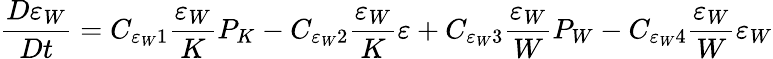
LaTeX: \frac{D\varepsilon_{W}}{Dt}=C_{\varepsilon_{W}1}\frac{\varepsilon_{W}}{K}P_{K}-C_{\varepsilon_{W}2}\frac{\varepsilon_{W}}{K}\varepsilon+C_{\varepsilon_{W}3}\frac{\varepsilon_{W}}{W}P_{W}-C_{\varepsilon_{W}4}\frac{\varepsilon_{W}}{W}\varepsilon_{W}